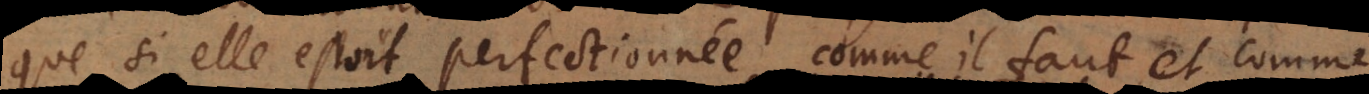
que si elle estoit perfectionnée comme il faut et comme